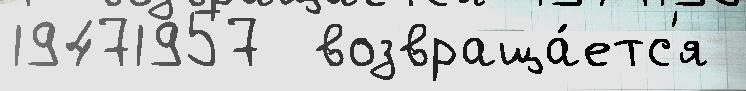
19471957  возвраща́етс'я